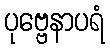
ပုဗ္ဗေနာပရံ